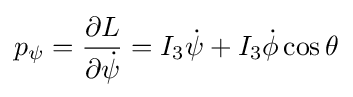
p_{\psi }={\frac {\partial L}{\partial {\dot {\psi }}}}=I_{3}{\dot {\psi }}+I_{3}{\dot {\phi }}\cos \theta